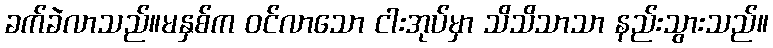
ခက်ခဲလာသည်။မနှစ်က ဝင်လာသော ငါးအုပ်မှာ သိသိသာသာ နည်းသွားသည်။